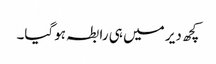
کچھ دیر میں ہی رابطہ ہوگیا۔